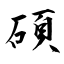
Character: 碩